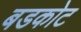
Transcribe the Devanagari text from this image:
बडकोट